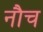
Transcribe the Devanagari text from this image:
नौच